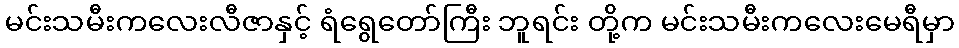
မင်းသမီးကလေးလီဇာနှင့် ရံရွေတော်ကြီး ဘူရင်း တို့က မင်းသမီးကလေးမေရီမှာ